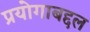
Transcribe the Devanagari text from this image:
प्रयोगाबद्दल